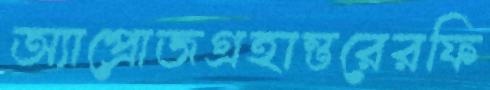
অ্যাপ্রোজগ্রহান্তরেরফি